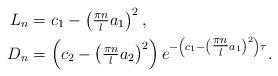
LaTeX: \begin{align*} L_{n} &= c_{1} - \left(\tfrac{\pi n}{l} a_{1}\right)^{2}, \\ D_{n} &= \left(c_{2} - \left(\tfrac{\pi n}{l} a_{2}\right)^{2}\right) e^{-\left(c_{1} - \left(\tfrac{\pi n}{l} a_{1}\right)^{2}\right) \tau}. \end{align*}